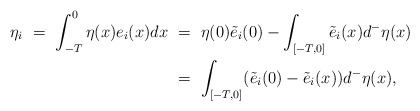
\begin{align*}\eta_i \ = \ \int_{-T}^0 \eta(x)e_i(x) dx \ &= \ \eta(0)\tilde e _i(0) - \int_{[-T,0]} \tilde e_i(x)d^-\eta(x) \\&= \ \int_{[-T,0]} (\tilde e_i(0) - \tilde e_i(x)) d^- \eta(x),\end{align*}